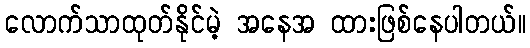
လောက်သာထုတ်နိုင်မဲ့ အနေအ ထားဖြစ်နေပါတယ်။